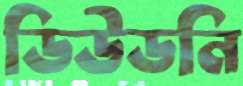
ডিউডনি